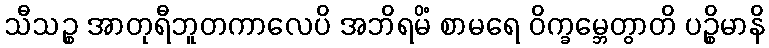
သီသဉ္စ အာတုရီဘူတကာလေပိ အဘိရမိံ စာမရေ ဝိက္ခမ္ဘေတွာတိ ပဉ္စိမာနိ